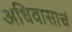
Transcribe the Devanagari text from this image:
अधिवासाचं